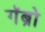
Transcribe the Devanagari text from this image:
गॅब्रो